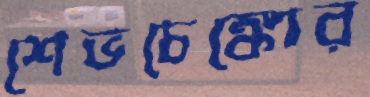
শেভচেঙ্কোর